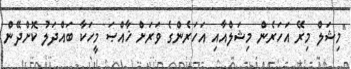
"މިޝަލް މިރޭ އަހަރެން މިޝަލްއާއި އަހަރެންގެ ވަރަށް ޚާއްޞަ މީހަކާ ބައްދަލު ކޮށްދޭން